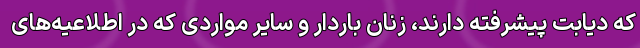
که دیابت پیشرفته دارند، زنان باردار و سایر مواردی که در اطلاعیه‌های